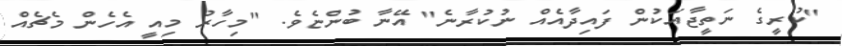
"ކުރީގެ ނަތީޖާއަކުން ފައިދާއެއް ނުކުރާނެ" އޭނާ ބުންޏެވެ. "މިހާރު މިއީ އެހެން މެޗެއް